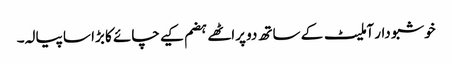
خوشبو دار آملیٹ کے ساتھ دو پراٹھے ہضم کیے چائے کا بڑا سا پیالہ۔